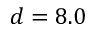
d = 8 . 0